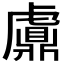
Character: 𧈂